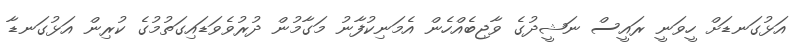
އަޅުގަނޑަށް ހީވަނީ ރައީސް ނަޝީދުގެ ވާޖިބެއްހެން އެމަނިކުފާނު މަގާމުން ދުރުވެވަޑައިގަތުމުގެ ކުރިން އަޅުގަނޑާ